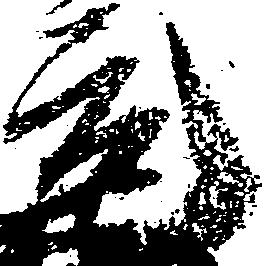
元